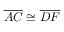
{ \overline { { A C } } } \cong { \overline { { D F } } }